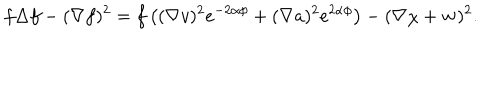
f \Delta f - ( \nabla f ) ^ { 2 } = f \left( ( \nabla v ) ^ { 2 } e ^ { - 2 \alpha \phi } + ( \nabla a ) ^ { 2 } e ^ { 2 \alpha \phi } \right) - ( \nabla \chi + { \bf w } ) ^ { 2 } .